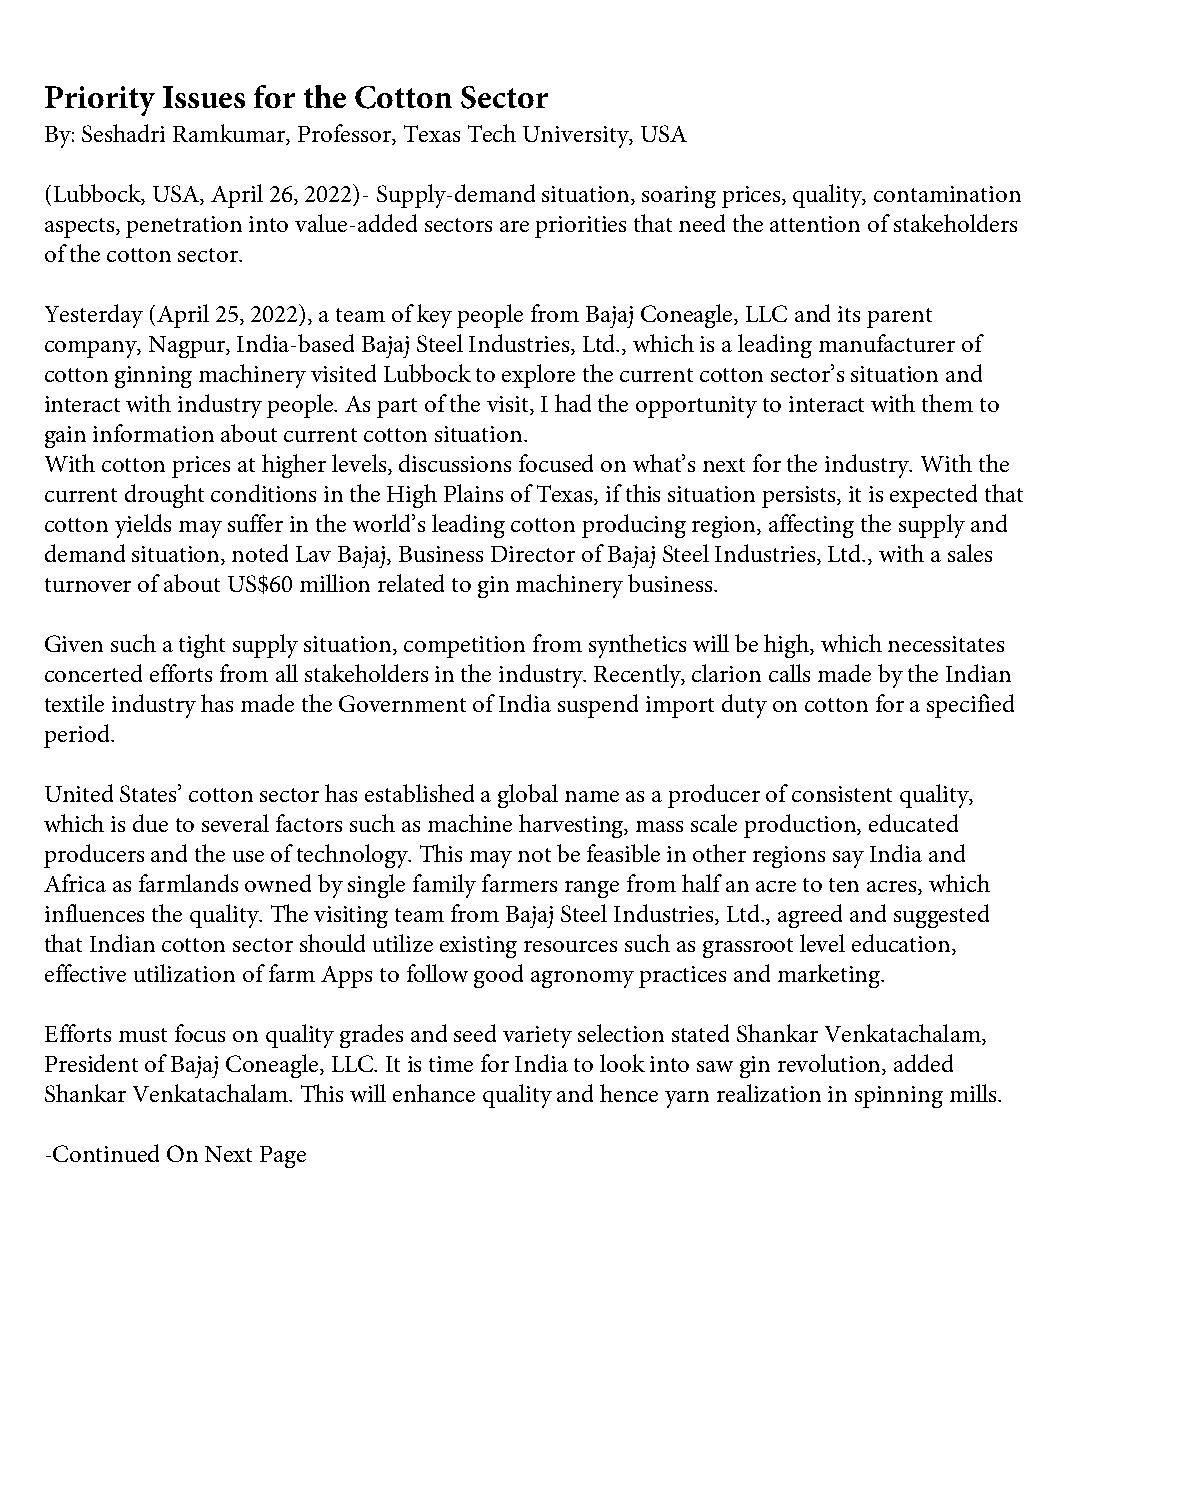
Priority Issues for the Cotton Sector
 By: Seshadri Ramkumar, Professor, Texas Tech University, USA
 (Lubbock, USA, April 26, 2022)- Supply-demand situation, soaring prices, quality, contamination
 aspects, penetration into value-added sectors are priorities that need the attention of stakeholders
 of the cotton sector.
 Yesterday (April 25, 2022), a team of key people from Bajaj Coneagle, LLC and its parent
 company, Nagpur, India-based Bajaj Steel Industries, Ltd., which is a leading manufacturer of
 cotton ginning machinery visited Lubbock to explore the current cotton sector’s situation and
 interact with industry people. As part of the visit, I had the opportunity to interact with them to
 gain information about current cotton situation.
 With cotton prices at higher levels, discussions focused on what’s next for the industry. With the
 current drought conditions in the High Plains of Texas, if this situation persists, it is expected that
 cotton yields may suffer in the world’s leading cotton producing region, affecting the supply and
 demand situation, noted Lav Bajaj, Business Director of Bajaj Steel Industries, Ltd., with a sales
 turnover of about US$60 million related to gin machinery business.
 Given such a tight supply situation, competition from synthetics will be high, which necessitates
 concerted efforts from all stakeholders in the industry. Recently, clarion calls made by the Indian
 textile industry has made the Government of India suspend import duty on cotton for a specified
 period.
 United States’ cotton sector has established a global name as a producer of consistent quality,
 which is due to several factors such as machine harvesting, mass scale production, educated
 producers and the use of technology. This may not be feasible in other regions say India and
 Africa as farmlands owned by single family farmers range from half an acre to ten acres, which
 influences the quality. The visiting team from Bajaj Steel Industries, Ltd., agreed and suggested
 that Indian cotton sector should utilize existing resources such as grassroot level education,
 effective utilization of farm Apps to follow good agronomy practices and marketing.
 Efforts must focus on quality grades and seed variety selection stated Shankar Venkatachalam,
 President of Bajaj Coneagle, LLC. It is time for India to look into saw gin revolution, added
 Shankar Venkatachalam. This will enhance quality and hence yarn realization in spinning mills.
 -Continued On Next Page